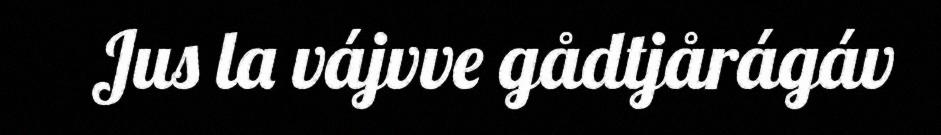
Jus la vájvve gådtjårágáv